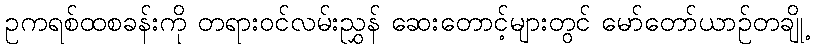
ဥကရစ်ထစခန်းကို တရားဝင်လမ်းညွှန် ဆေးတောင့်များတွင် မော်တော်ယာဉ်တချို့